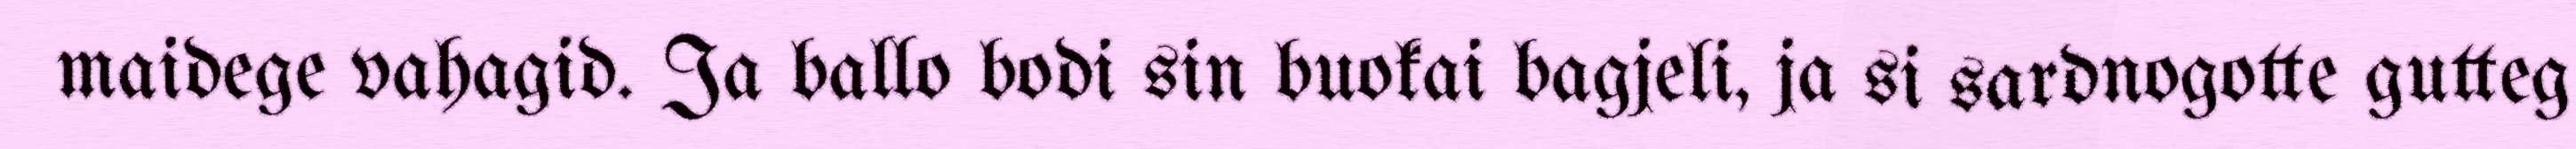
maidege vahagid. Ja ballo bodi sin buokai bagjeli, ja si sardnogotte gutteg